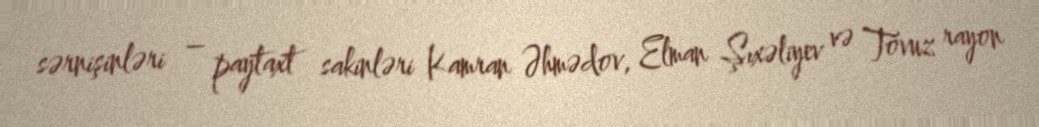
sərnişinləri – paytaxt sakinləri Kamran Əhmədov, Elman Şıxəliyev və Tovuz rayon